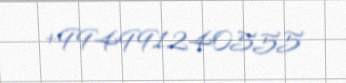
+994991240555